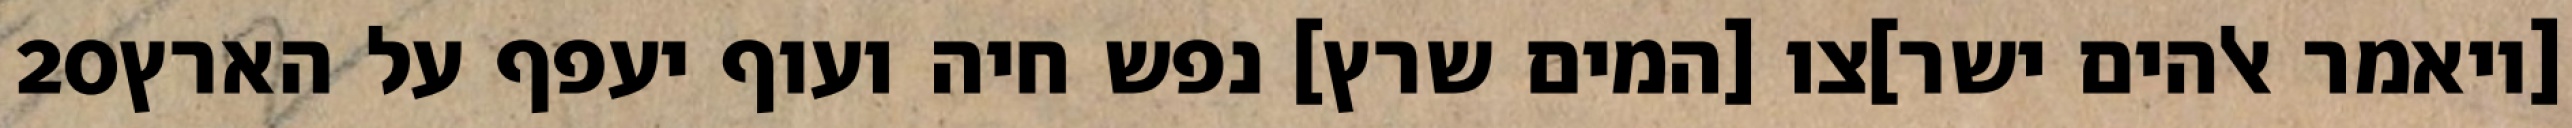
‎20‏ [ויאמר אלהים ישר]צו [המים שרץ] נפש חיה ועוף יעפף על הארץ